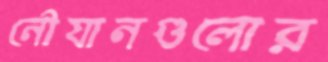
নৌযানগুলোর